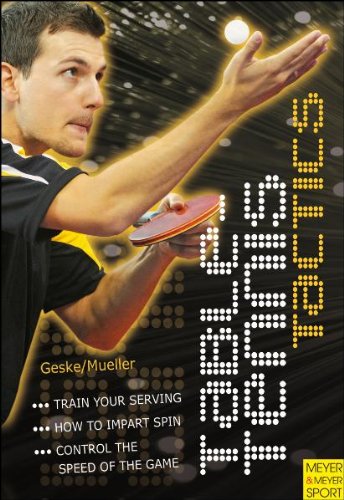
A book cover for Table Tennis Tactics: Your Path to Success; Klaus-M Geske; Sports & Outdoors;